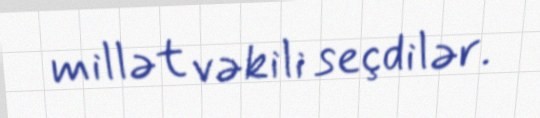
millət vəkili seçdilər.